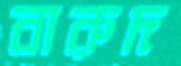
বারুদ